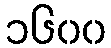
၁၆၀၀